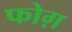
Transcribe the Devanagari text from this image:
फोग़